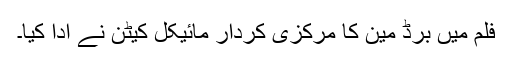
فلم میں برڈ مین کا مرکزی کردار مائیکل کیٹن نے ادا کیا۔